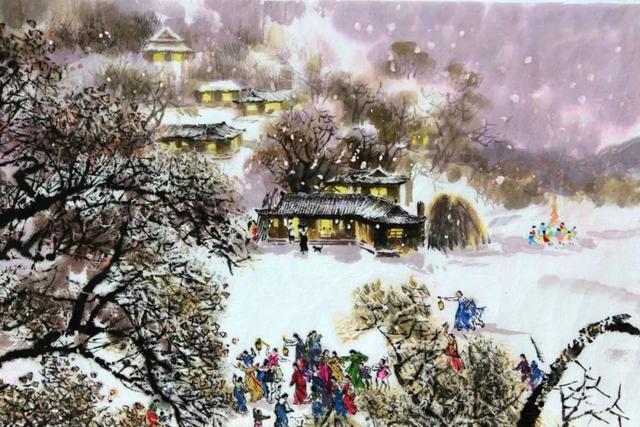
去年元夜时，花市灯如昼。